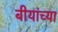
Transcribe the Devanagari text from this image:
बीयांच्या